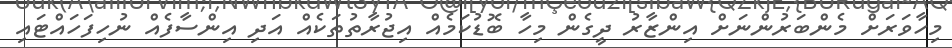
މިހާވަރަށް މެންބަރުންނަށް އިންޒާރު ދީގެން މިހާ ބޮޑުކަމެއް އިޖުރާތުތަކެއް އަދި އިންސާފެއް ނުހިފަހައްޓައި